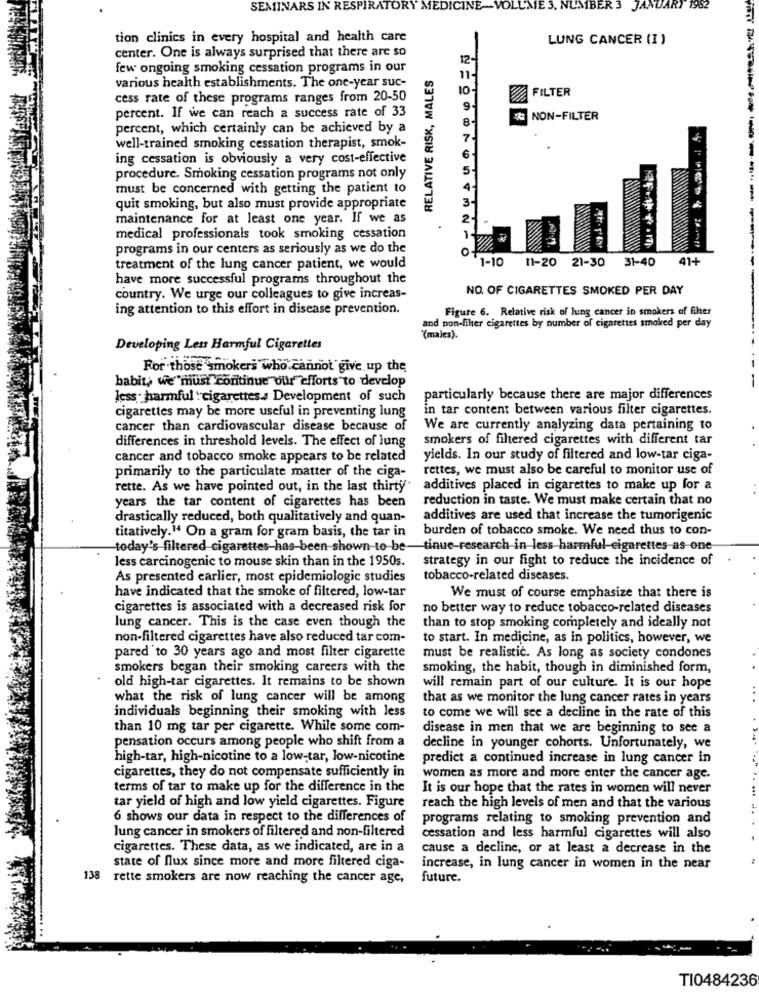
SEMINARS IN RESPIRATORY MEDICINE
NUMBER 3 JANUARY 1962
tion clinics in every hospital and health care
LUNG CANCER (I )
center. One is always surprised that there are so
12-
few ongoing smoking cessation programs in our
RELATIVE RISK, MALES
various health establishments. The one-year suc-
cess rate of these programs ranges from 20-50
FILTER
percent. If we can reach a success rate of 33
NON-FILTER
percent, which certainly can be achieved by a
well-trained smoking cessation therapist, smok-
ing cessation is obviously a very cost-effective
procedure. Smoking cessation programs not only
must be concerned with getting the patient to
quit smoking, but also must provide appropriate
maintenance for at least one year. If we as
medical professionals took smoking cessation
programs in our centers as seriously as we do the
1-10
11-20 21-30 31-40
41+
treatment of the lung cancer patient, we would
have more successful programs throughout the
NO. OF CIGARETTES SMOKED PER DAY
country. We urge our colleagues to give increas-
ing attention to this effort in disease prevention.
Figure 6. Relative risk of lung cancer in smokers of filter
and non-filer cigarettes by number of cigarettes smoked per day
(males).
Developing Less Harmful Cigarettes
For those smokers who cannot give up the
babit, we must continue our efforts to develop
-
less - harmful : cigarettes.s Development of such
particularly because there are major differences
cigarettes may be more useful in preventing lung
in tar content between various filter cigarettes.
cancer than cardiovascular disease because of
We are currently analyzing data pertaining to
differences in threshold levels. The effect of lung
smokers of filtered cigarettes with different tar
cancer and tobacco smoke appears to be related
yields. In our study of filtered and low-tar ciga-
primarily to the particulate matter of the ciga-
rettes, we must also be careful to monitor use of
rette. As we have pointed out, in the last thirty
additives placed in cigarettes to make up for a
years the tar content of cigarettes has been
reduction in taste. We must make certain that no
drastically reduced, both qualitatively and quan-
additives are used that increase the tumorigenic
titatively." On a gram for gram basis, the tar in
burden of tobacco smoke. We need thus to con-
today's filtered cigarettes-has-been shown to be-tinue-research in less harmful-cigarettes-as-one
less carcinogenic to mouse skin than in the 1950s.
strategy in our fight to reduce the incidence of
As presented earlier, most epidemiologic studies
tobacco-related diseases.
have indicated that the smoke of filtered, low-tar
We must of course emphasize that there is
cigarettes is associated with a decreased risk for
no better way to reduce tobacco-related diseases
lung cancer. This is the case even though the
than to stop smoking completely and ideally not
non-filtered cigarettes have also reduced tar com-
to start. In medicine, as in politics, however, we
pared 'to 30 years ago and most filter cigarette
must be realistic. As long as society condones
smokers began their smoking careers with the
smoking, the habit, though in diminished form,
old high-tar cigarettes. It remains to be shown
will remain part of our culture. It is our hope
what the risk of lung cancer will be among
that as we monitor the lung cancer rates in years
individuals beginning their smoking with less
to come we will see a decline in the rate of this
than 10 mg tar per cigarette. While some com-
disease in men that we are beginning to see a
pensation occurs among people who shift from a
decline in younger cohorts. Unfortunately, we
high-tar, high-nicotine to a low-tar, low-nicotine
predict a continued increase in lung cancer in
cigarettes, they do not compensate sufficiently in
women as more and more enter the cancer age.
terms of tar to make up for the difference in the
It is our hope that the rates in women will never
tar yield of high and low yield cigarettes. Figure
reach the high levels of men and that the various
6 shows our data in respect to the differences of
programs relating to smoking prevention and
lung cancer in smokers of filtered and non-filtered
cessation and less harmful cigarettes will also
cigarettes. These data, as we indicated, are in a
cause a decline, or at least a decrease in the
state of flux since more and more filtered ciga-
increase, in lung cancer in women in the near
138 rette smokers are now reaching the cancer age,
future.
TI0484236